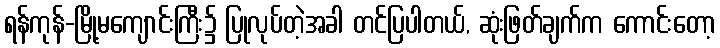
ရန်ကုန်-မြို့မကျောင်းကြီး၌ ပြုလုပ်တဲ့အခါ တင်ပြပါတယ်, ဆုံးဖြတ်ချက်က ကောင်းတော့